Indian Medical Review
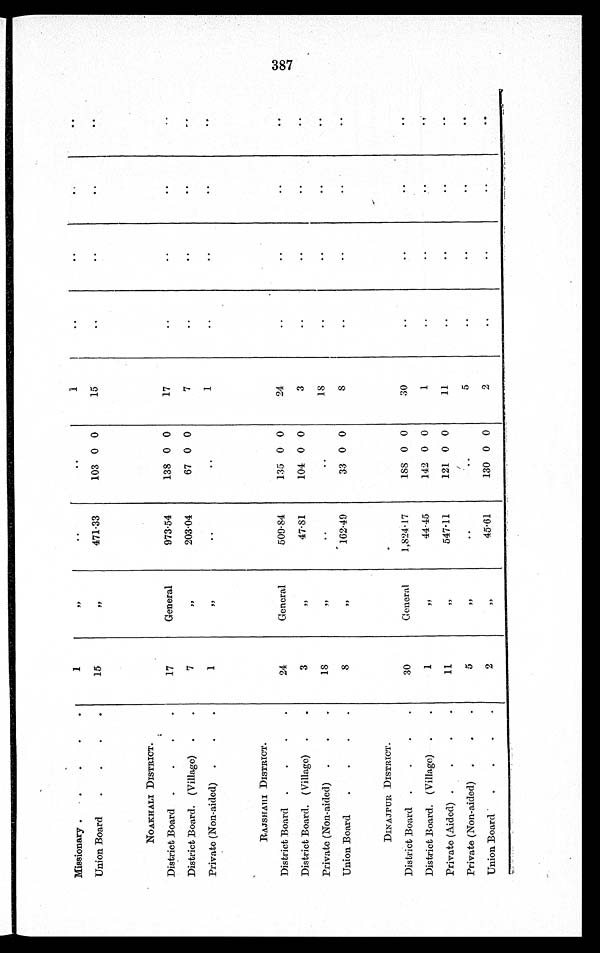
Missionary
1
,,
..
..
1
..
..
..
..
Union Board
15
,,
471·33
103 0 0
15
..
. .
..
..
NOAKHALI DISTRICT.
District Board
17
General
973·54
138 0 0
17
. .
. .
. .
..
District Board.(Village)
7
,,
203·04
67 0 0
7
. . ..
. .
. .
Private (Non-aided)
1
,,
..
..
1
. .
. .
. .
. .
RAJSHARI DISTRICT.
District Board
24
General
509·84
135 0 0
2 4
..
. . ..
. .
District Board.( Village)
3
,,
47·81
104 0 0
3
..
..
. .
. .
Private (Non-aided)
18
,,
..
..
18
..
..
. .
. .
Union Board
8 ,,
162·49
33 0 0
8
. .
..
. .
. .
DINAJPUR DISTRICT.
District Board
30
General
1,824·17
188 0 0
30
. .
. .
. .
. .
District Board.(Village)
1
,,
44·45
142 0 0
1
..
..
..
..
Private (Aided)
1 1
,,
547·11
121 0 0
11
..
. .
. .
. .
Private (Non-aided)
5 ,,
..
..
5
..
..
. .
. .
Union Board
2
,,
45·61
130 0 0
2
..
. .
. .
. .